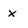
Character: x